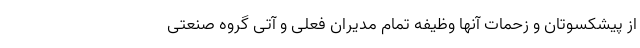
از پیشکسوتان و زحمات آنها وظیفه تمام مدیران فعلی و آتی گروه صنعتی